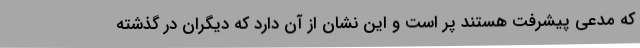
که مدعی پیشرفت هستند پر است و این نشان از آن دارد که دیگران در گذشته